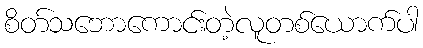
စိတ်သဘောကောင်းတဲ့လူတစ်ယောက်ပါ